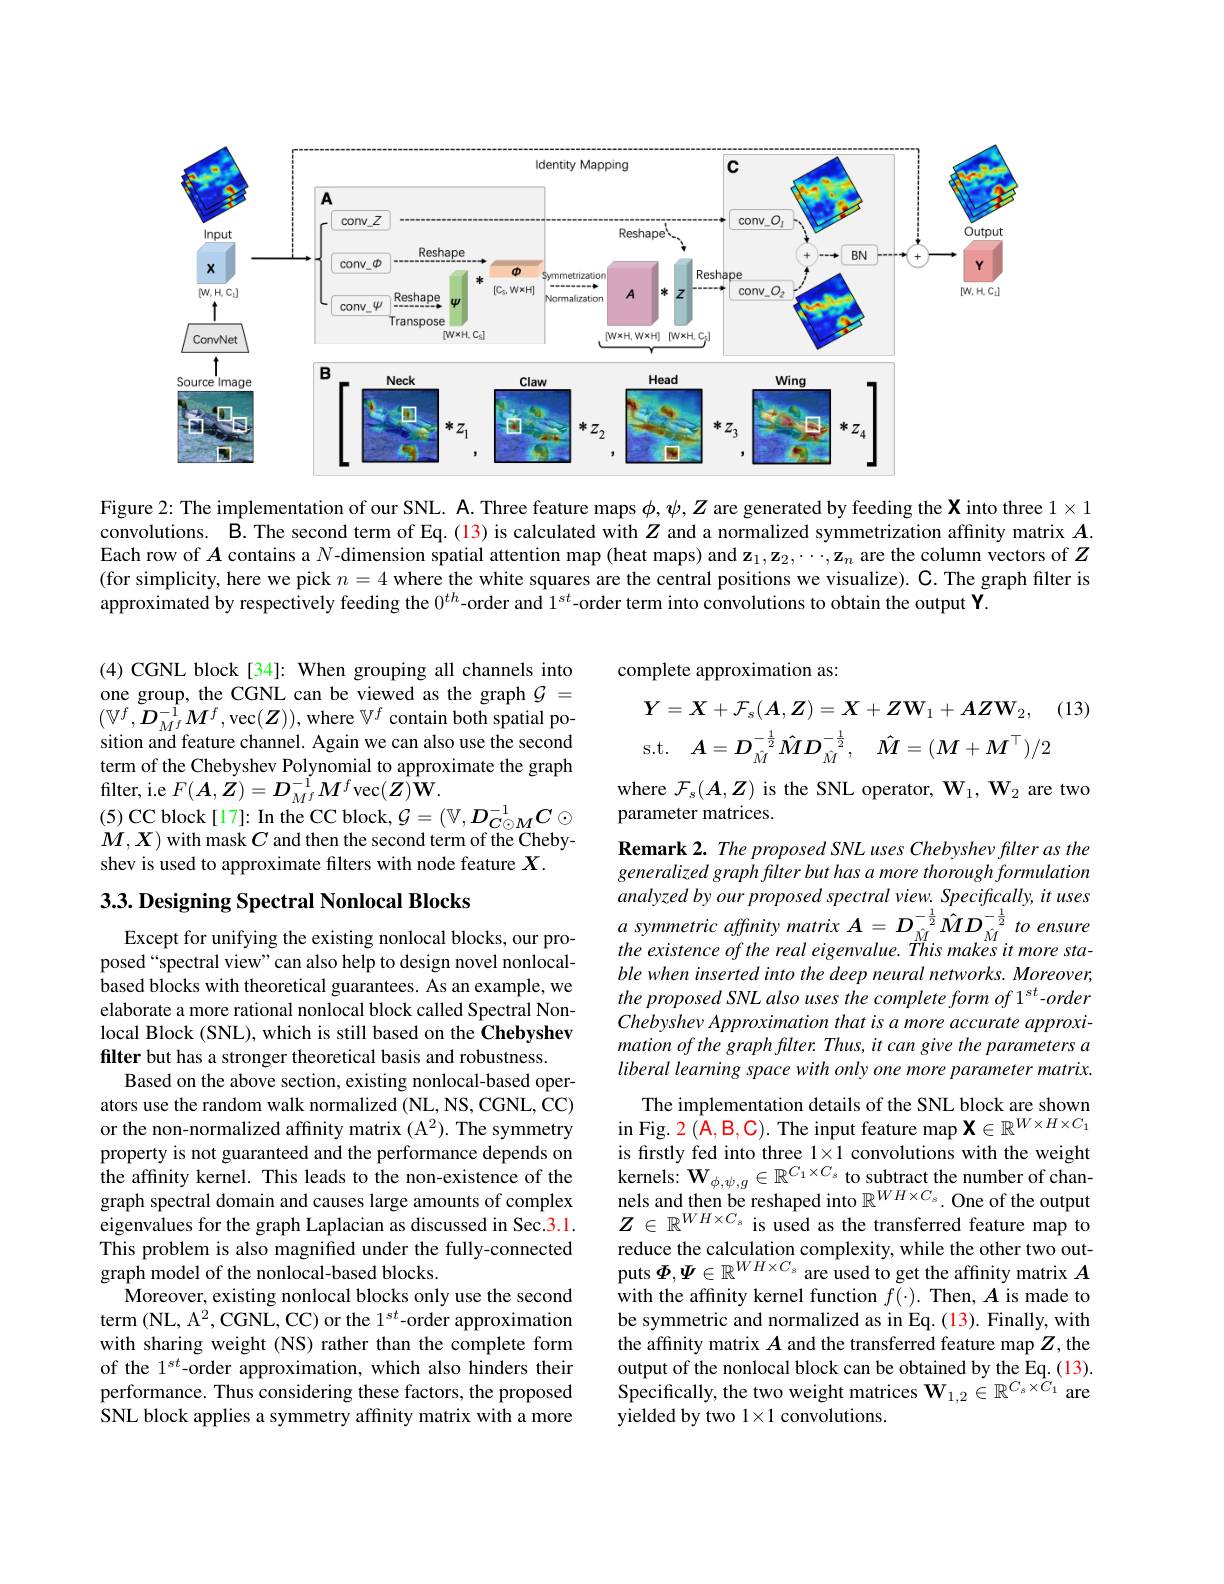
<FigureHere>

Figure 2: The implementation of our SNL. A. Three feature maps $\phi,\psi,Z$ are generated by feeding the X into three $1\times1$ convolutions. B. The second term of Eq.(13) is calculated with $Z$ and a normalized symmetrization affinity matrix $A.$ Each row of $\boldsymbol{A}$ contains a $N$-dimension spatial attention map (heat maps) and $\mathbf{z}_1,\mathbf{z}_2,\cdots,\mathbf{z}_n$ are the column vectors of $Z$ (for simplicity, here we pick $n=4$ where the white squares are the central positions we visualize). C. The graph filter is approximated by respectively feeding the 0$^{th}$-order and 1$^{st}$-order term into convolutions to obtain the output $\tilde{\mathbf{Y}}.$

(4) CGNL block[34]: When grouping all channels into one group, the CGNL can be viewed as the graph $\mathcal{G}=$ $(\mathbb{V}^{f},\boldsymbol{D}_{M^{f}}^{-\hat{1}}M^{f}$,vec$(\boldsymbol Z))$,where $\mathbb{V}^f$ contain both spatial position and feature channel. Again we can also use the second term of the Chebyshev Polynomial to approximate the graph filter, i.e $F(\boldsymbol{A},\dot{\boldsymbol{Z}})=\boldsymbol{D}_{M^{f}}^{-\check{1}}M^{f}$vec$(\boldsymbol{Z})\hat{\mathbf{W}}.$
(5)CC block[17]:In the CC block, $\mathcal{G}=(\mathbb{V},D_{C\odot M}^{-1}C\odot$ $M,X)$ with mask $C$ and then the second term of the Chebyshev is used to approximate filters with node feature $X.$

# 3.3. Designing Spectral Nonlocal Blocks

Except for unifying the existing nonlocal blocks, our proposed“spectral view”can also help to design novel nonlocalbased blocks with theoretical guarantees. As an example, we elaborate a more rational nonlocal block called Spectral Nonlocal Block (SNL), which is still based on the Chebyshev filter but has a stronger theoretical basis and robustness.
Based on the above section, existing nonlocal-based operators use the random walk normalized (NL, NS, CGNL, CC) or the non-normalized affinity matrix $(\mathrm{A}^2).$ The symmetry property is not guaranteed and the performance depends on the affinity kernel. This leads to the non-existence of the graph spectral domain and causes large amounts of complex eigenvalues for the graph Laplacian as discussed in Sec.3.1. This problem is also magnified under the fully-connected graph model of the nonlocal-based blocks.
Moreover, existing nonlocal blocks only use the second term (NL, A$^2$,CGNL, CC) or the 1$^st$-order approximation with sharing weight (NS) rather than the complete form of the 1$^{st}$-order approximation, which also hinders their performance. Thus considering these factors, the proposed SNL block applies a symmetry affnity matrix with a more

complete approximation as:

(13)
$$\boldsymbol{Y}=\boldsymbol{X}+\mathcal{F}_{s}(\boldsymbol{A},\boldsymbol{Z})=\boldsymbol{X}+\boldsymbol{Z}\mathbf{W}_{1}+\boldsymbol{A}\boldsymbol{Z}\mathbf{W}_{2},\\\mathrm{s.t.}\quad\boldsymbol{A}=\boldsymbol{D}_{\hat{M}}^{-\frac{1}{2}}\hat{M}\boldsymbol{D}_{\hat{M}}^{-\frac{1}{2}},\quad\hat{\boldsymbol{M}}=(\boldsymbol{M}+\boldsymbol{M}^{\top})/2$$
where $\mathcal{F}_s(\boldsymbol{A},\boldsymbol{Z})$ is the SNL operator, $\mathbf{W}_1,\mathbf{W}_2$ are two
parameter matrices.

Remark 2. The proposed SNL uses Chebyshev filter as the generalized graph filter but has a more thorough formulation analyzed by our proposed spectral view. Specifically, it uses $a$ symmetric affinity matrix $A=D_{\hat{M}}^{-\frac12}\hat{M}D_{\hat{M}}^{-\frac12}$ to ensure the existence of the real eigenvalue. This makes it more stable when inserted into the deep neural networks. Moreover, the proposed SNL also uses the complete form of 1'st-order Chebyshev Approximation that is a more accurate approximation of the graph flter. Thus, it can give the parameters a liberal learning space with only one more parameter matrix.
The implementation details of the SNL block are shown $\begin{array}{c}\mathrm{in~Fig.~2~(A,B,C).~The~input~feature~map~X\in\mathbb{R}^{W\times H\times C_{1}}}\\\mathrm{in~Fig.~2~(A,B,C).~The~input~feature~map~X\in\mathbb{R}^{W\times H\times C_{1}}}\end{array}$ is firstly fed into three $1\times1$ convolutions with the weight kernels: $\mathbf{W}_{\phi,\psi,g}\in\mathbb{R}^{C_{1}\times C_{s}}$ to subtract the number of channels and then be reshaped into $\mathbb{R}^WH\times C_{s}.$ One of the output $Z\in\mathbb{R}^{WH\times C_s}$ is used as the transferred feature map to reduce the calculation complexity, while the other two outputs $\Phi,\Psi\in\mathbb{R}^{WH\times C_{s}}$ are used to get the affinity matrix $A$ with the affnity kernel function $f(\cdot).$ Then, $A$ is made to be symmetric and normalized as in Eq. (13). Finally, with the affinity matrix $A$ and the transferred feature map $Z$, the output of the nonlocal block can be obtained by the Eq. (13). Specifically, the two weight matrices $\mathbf{W}_{1,2}\in\mathbb{R}^{C_s\times C_1}$ are yielded by two 1×1 convolutions.